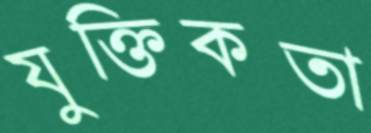
যুক্তিকতা